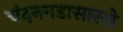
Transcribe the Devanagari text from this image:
चंदनगडासारखे